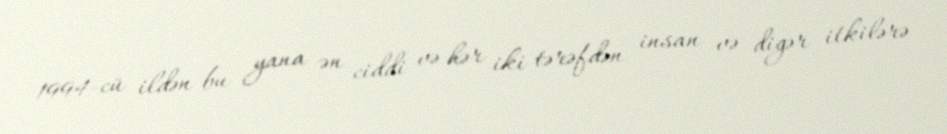
1994-cü ildən bu yana ən ciddi və hər iki tərəfdən insan və digər itkilərə